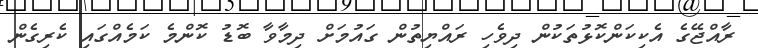
ރާއްޖޭގެ އެކިކަންކޮޅުތަކުން ދިވެހި ރައްޔިތުން ގައުމަށް ދިމާވާ ބޮޑު ކޮންމެ ކަމެއްގައި ކެރިގެން